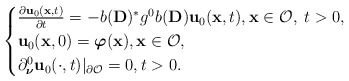
\begin{align*}\begin{cases}\frac{\partial \mathbf{u}_0 (\mathbf{x},t)}{\partial t}=-b(\mathbf{D})^*g^0b(\mathbf{D})\mathbf{u}_0(\mathbf{x},t),\mathbf{x}\in \mathcal{O},\; t>0,\\\mathbf{u}_0(\mathbf{x},0)=\boldsymbol{\varphi}(\mathbf{x}),\mathbf{x}\in \mathcal{O},\\\partial _{\boldsymbol{\nu}}^0\mathbf{u}_0 (\cdot ,t)\vert _{\partial \mathcal{O}}=0,t>0.\end{cases}\end{align*}